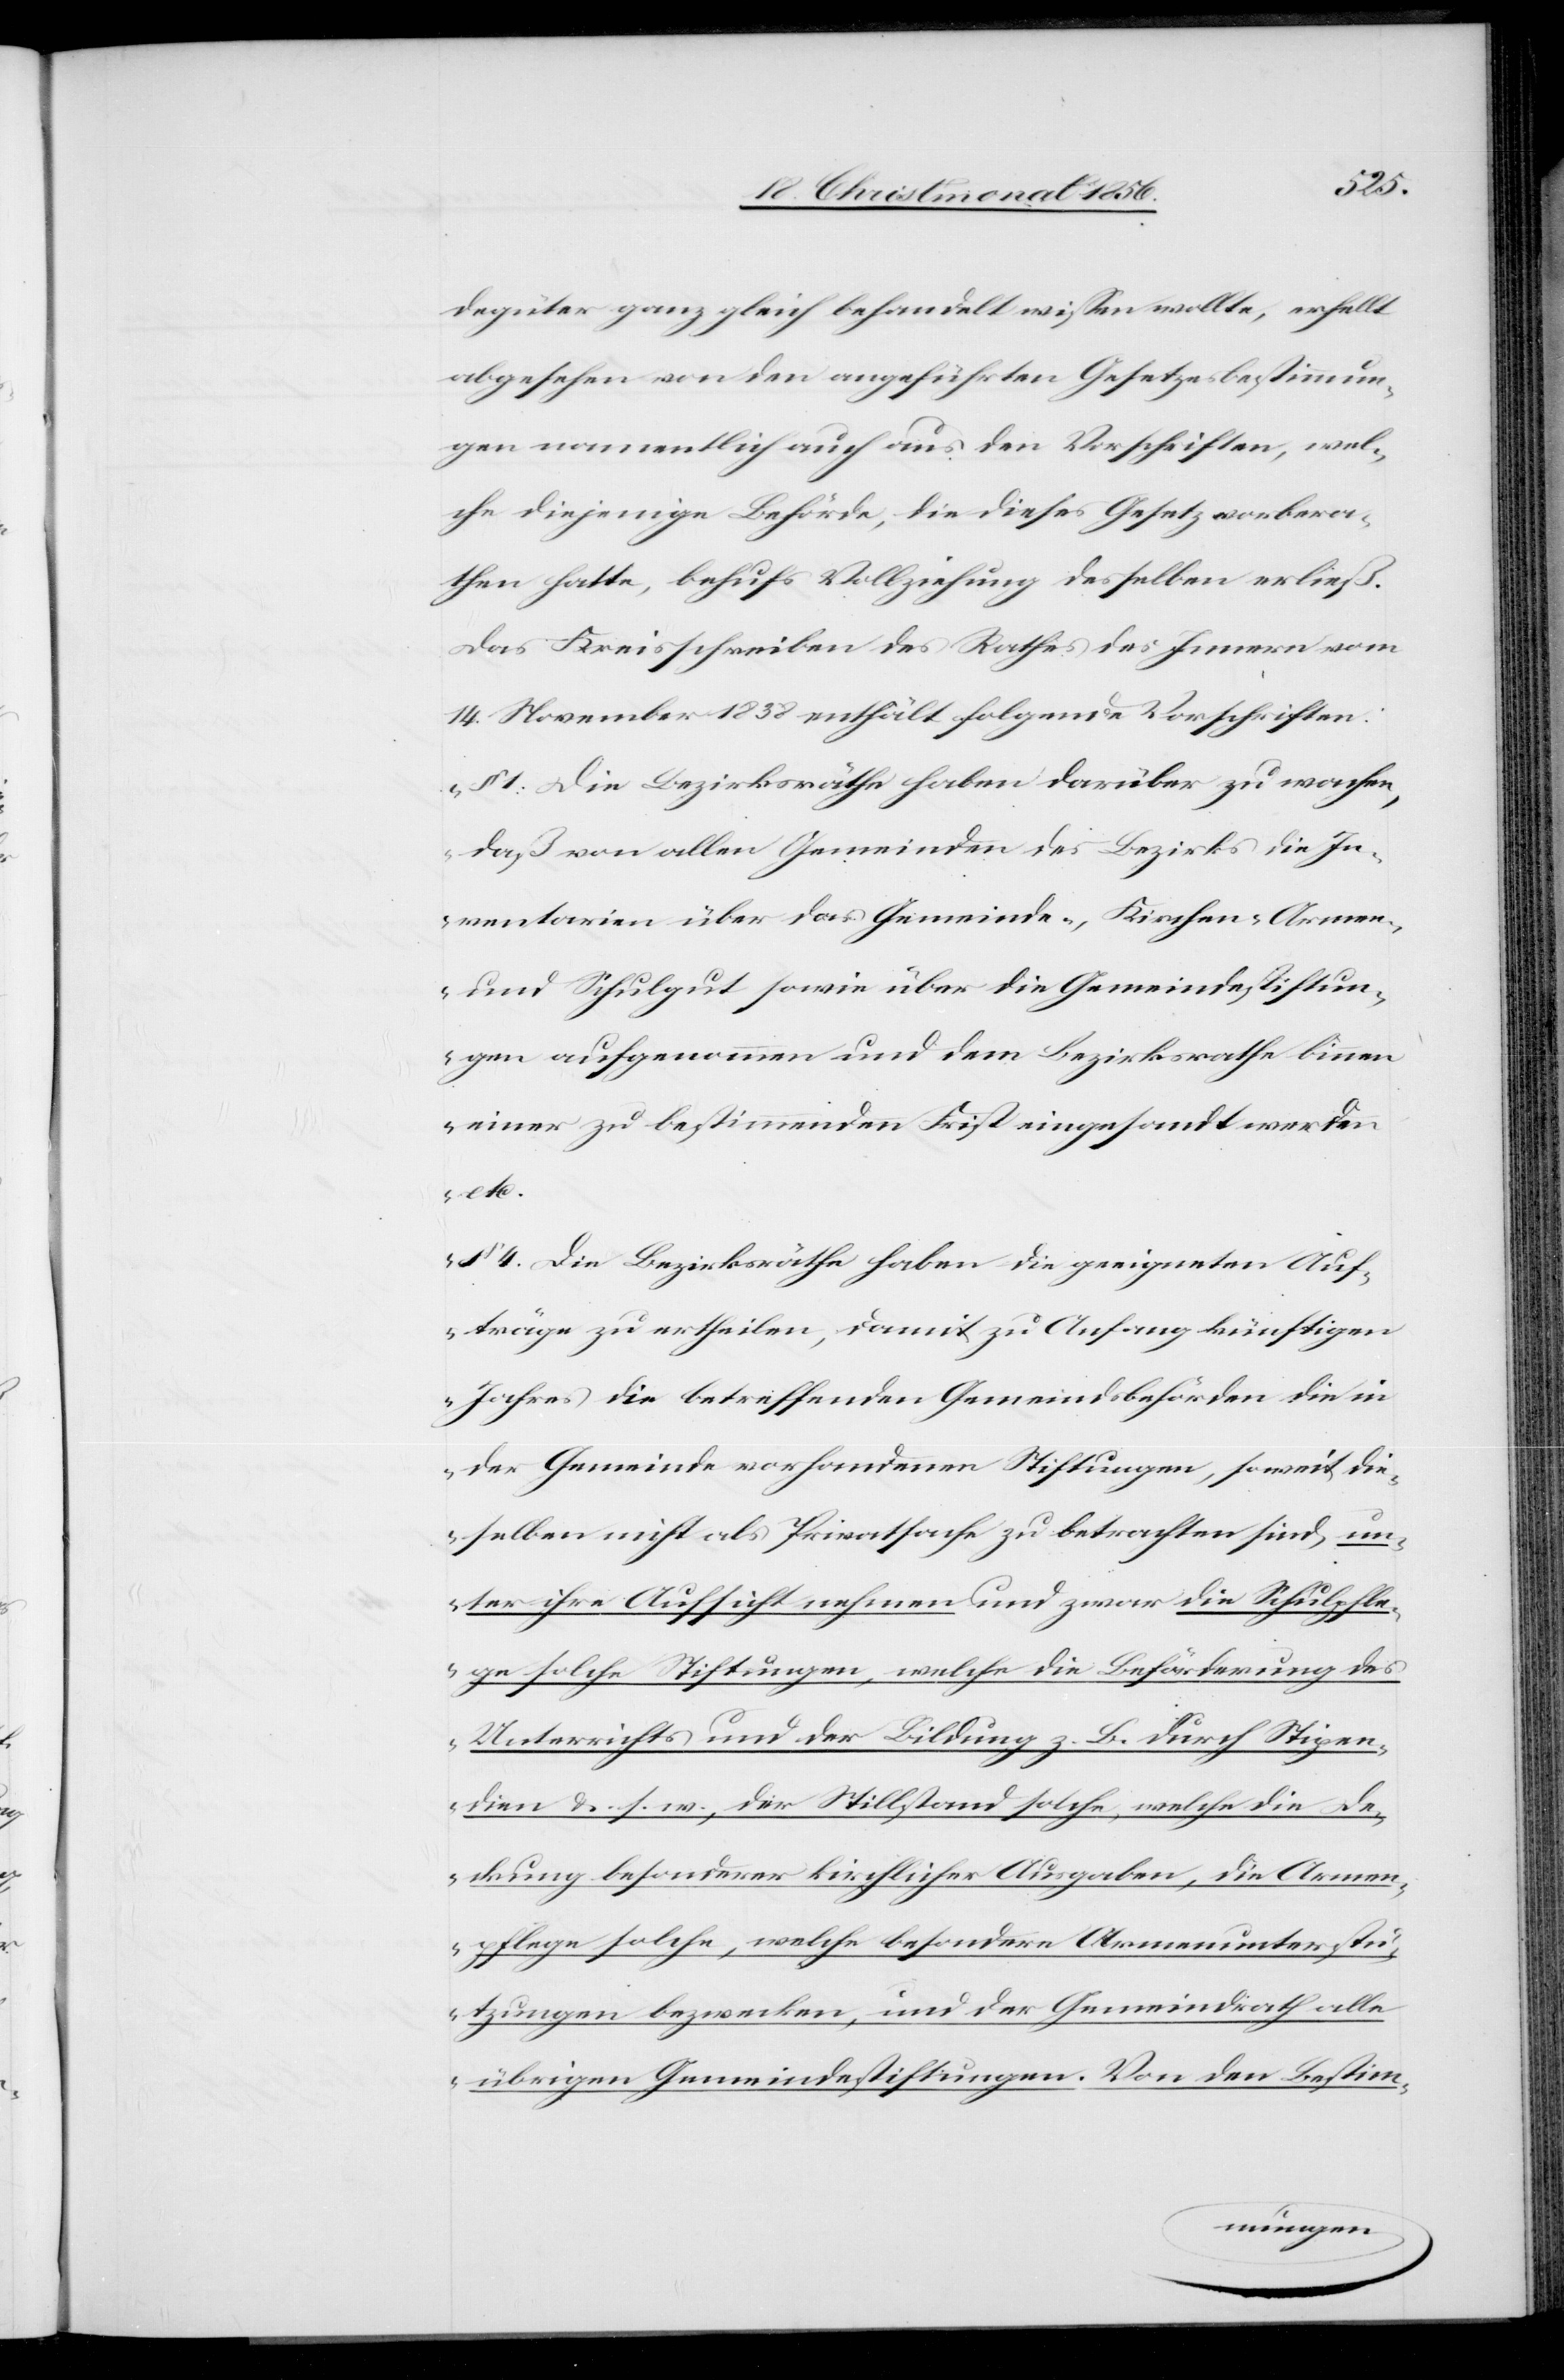
degüter ganz gleich behandelt wissen wollte, erhellt
abgesehen von den angeführten Gesetzesbestimmun¬
gen namentlich auch aus den Vorschriften, wel¬
che diejenige Behörde, die dieses Gesetz vorbera¬
then hatte, behufs Vollziehung desselben erließ.
Das Kreisschreiben des Rathes des Innern vom
14. November 1838 enthält folgende Vorschriften:
„§ 1: Die Bezirksräthe haben darüber zu wachen,
daß von allen Gemeinden des Bezirks die In¬
ventarien über das Gemeinde-, Kirchen-[,] Armen-
und Schulgut sowie über die Gemeindestiftun¬
gen aufgenommen und dem Bezirksrathe binnen
einer zu bestimmenden Frist eingesandt werden
etc.
§ 4. Die Bezirksräthe haben die geeigneten Auf¬
träge zu ertheilen, damit zu Anfang künftigen
Jahres die betreffenden Gemeindsbehörden die in
der Gemeinde vorhandenen Stiftungen, soweit die¬
selben nicht als Privatsache zu betrachten sind, un¬
ter ihre Aufsicht nehmen und zwar die Schulpfle¬
ge solche Stiftungen, welche die Beförderung des
Unterrichts und der Bildung z. B. durch Stipen¬
dien &. s. w., der Stillstand solche, welche die De¬
ckung besonderer kirchlicher Ausgaben, die Armen¬
pflege solche, welche besondere Armenunterstü¬
tzungen bezwecken, und der Gemeindrath alle
übrigen Gemeindestiftungen. Von den Bestim-